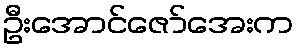
ဦးအောင်ဇော်အေးက